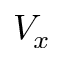
V _ { x }